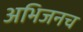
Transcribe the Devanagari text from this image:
अभिजनच